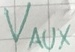
Text: VAUX